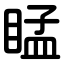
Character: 䁅